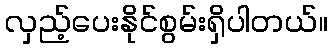
လှည့်ပေးနိုင်စွမ်းရှိပါတယ်။